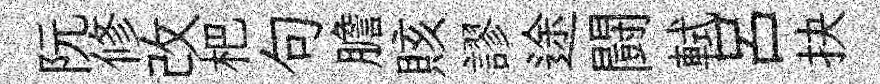
阮修改杷句膽賅謬途闘軾吕抉